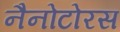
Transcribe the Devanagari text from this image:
नैनोटोरस